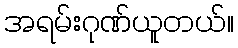
အရမ်းဂုဏ်ယူတယ်။